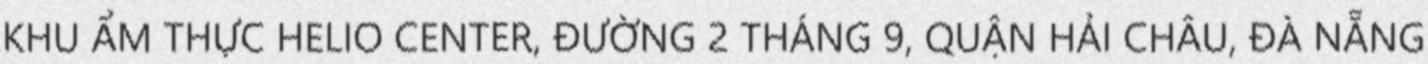
KHU ẨM THỰC HELIO CENTER, ĐƯỜNG 2 THÁNG 9, QUẬN HẢI CHÂU, ĐÀ NẴNG